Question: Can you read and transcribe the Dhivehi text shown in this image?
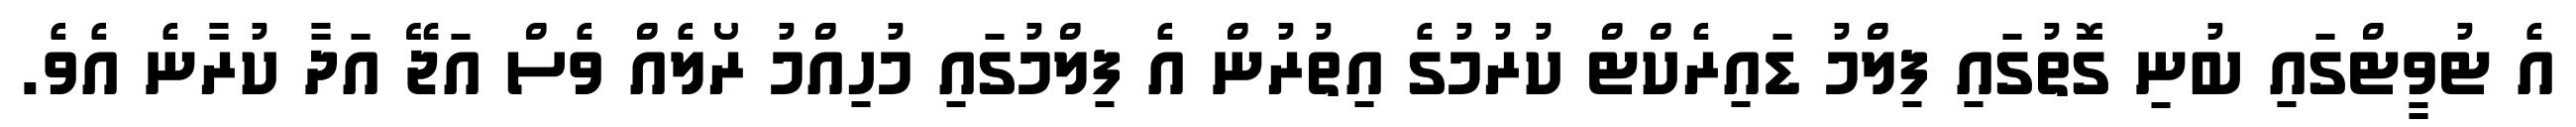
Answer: އެ ޓުވީޓްގައި ބުނި ގޮތުގައި ފިލްމު ޑައިރެކްޓް ކުރުމުގެ އިތުރުން އެ ފިލްމުގައި މުހިއްމު ރޯލެއް ވެސް އަޖޭ އަދާ ކުރާނެ އެވެ.